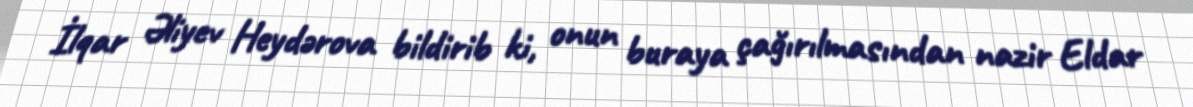
İlqar Əliyev Heydərova bildirib ki, onun buraya çağırılmasından nazir Eldar